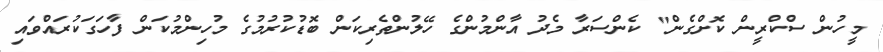
މީހުން ސްކްރީން ކޮށްގެން" ކެންސަރާ މެދު އާންމުންގެ ހޭލުންތެރިކަން ބޮޑުކުރުމުގެ މުހިންމުކަން ފާހަގަކުރައްވައި